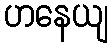
ဟနေယျ